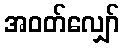
အဝတ်လျှော်